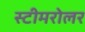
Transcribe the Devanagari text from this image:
स्टीमरोलर